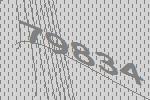
79834